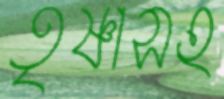
তৃষ্ণাসহ